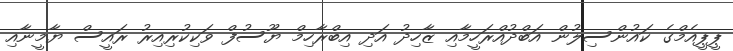
ޕީޕީއެމްގެ ކައުންސިލުން އަބްދުއްރަހީމާއި ޒާހިދު އަދި އިބްރާހިމް ޔޫސުފް ވަކިކުރިިއިރު ރައީސް ޔާމީނާއި